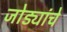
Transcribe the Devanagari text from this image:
जोड्यांचे